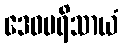
ဒေဝပရိသာယံ